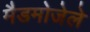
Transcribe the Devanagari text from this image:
मैडमोजेले